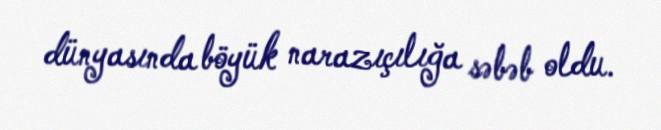
dünyasında böyük narazıçılığa səbəb oldu.